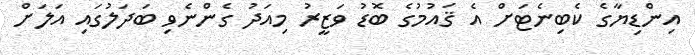
އިންޑިޔާގެ ކެބިނެޓަށް އެ ޤައުމުގެ ބޮޑު ވަޒީރު މިއަދު ގެންނެވި ބަދަލުގައި އަލަށް